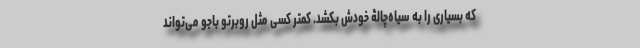
که بسیاری را به سیاه‌چالۀ خودش بکشد. کمتر کسی مثل روبرتو باجو می‌تواند